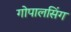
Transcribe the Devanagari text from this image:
गोपालसिंग